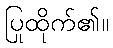
ပြုထိုက်၏။